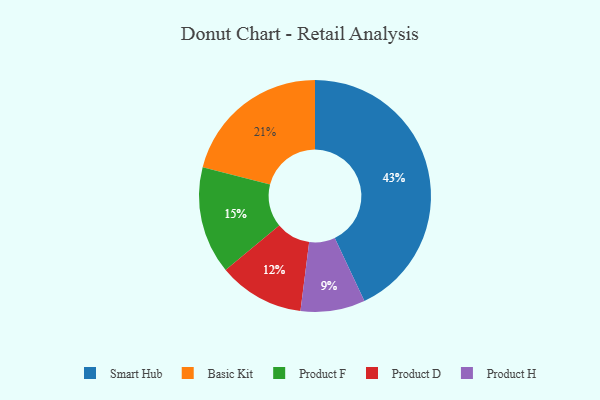
{"axis": {"x": "Category", "y": "Percentage"}, "legend": ["Basic Kit", "Product D", "Product F", "Product H", "Smart Hub"], "data": [{"x": "Smart Hub", "y": 43, "type": "Smart Hub"}, {"x": "Product H", "y": 9, "type": "Product H"}, {"x": "Basic Kit", "y": 21, "type": "Basic Kit"}, {"x": "Product F", "y": 15, "type": "Product F"}, {"x": "Product D", "y": 12, "type": "Product D"}]}